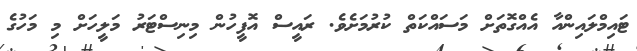
ޓައިމްލައިންއާ އެއްގޮތަށް މަސައްކަތް ކުރުމަށެވެ. ރައީސް އޮފީހުން މިނިސްޓަރު މަލީހަށް މި މަހުގެ